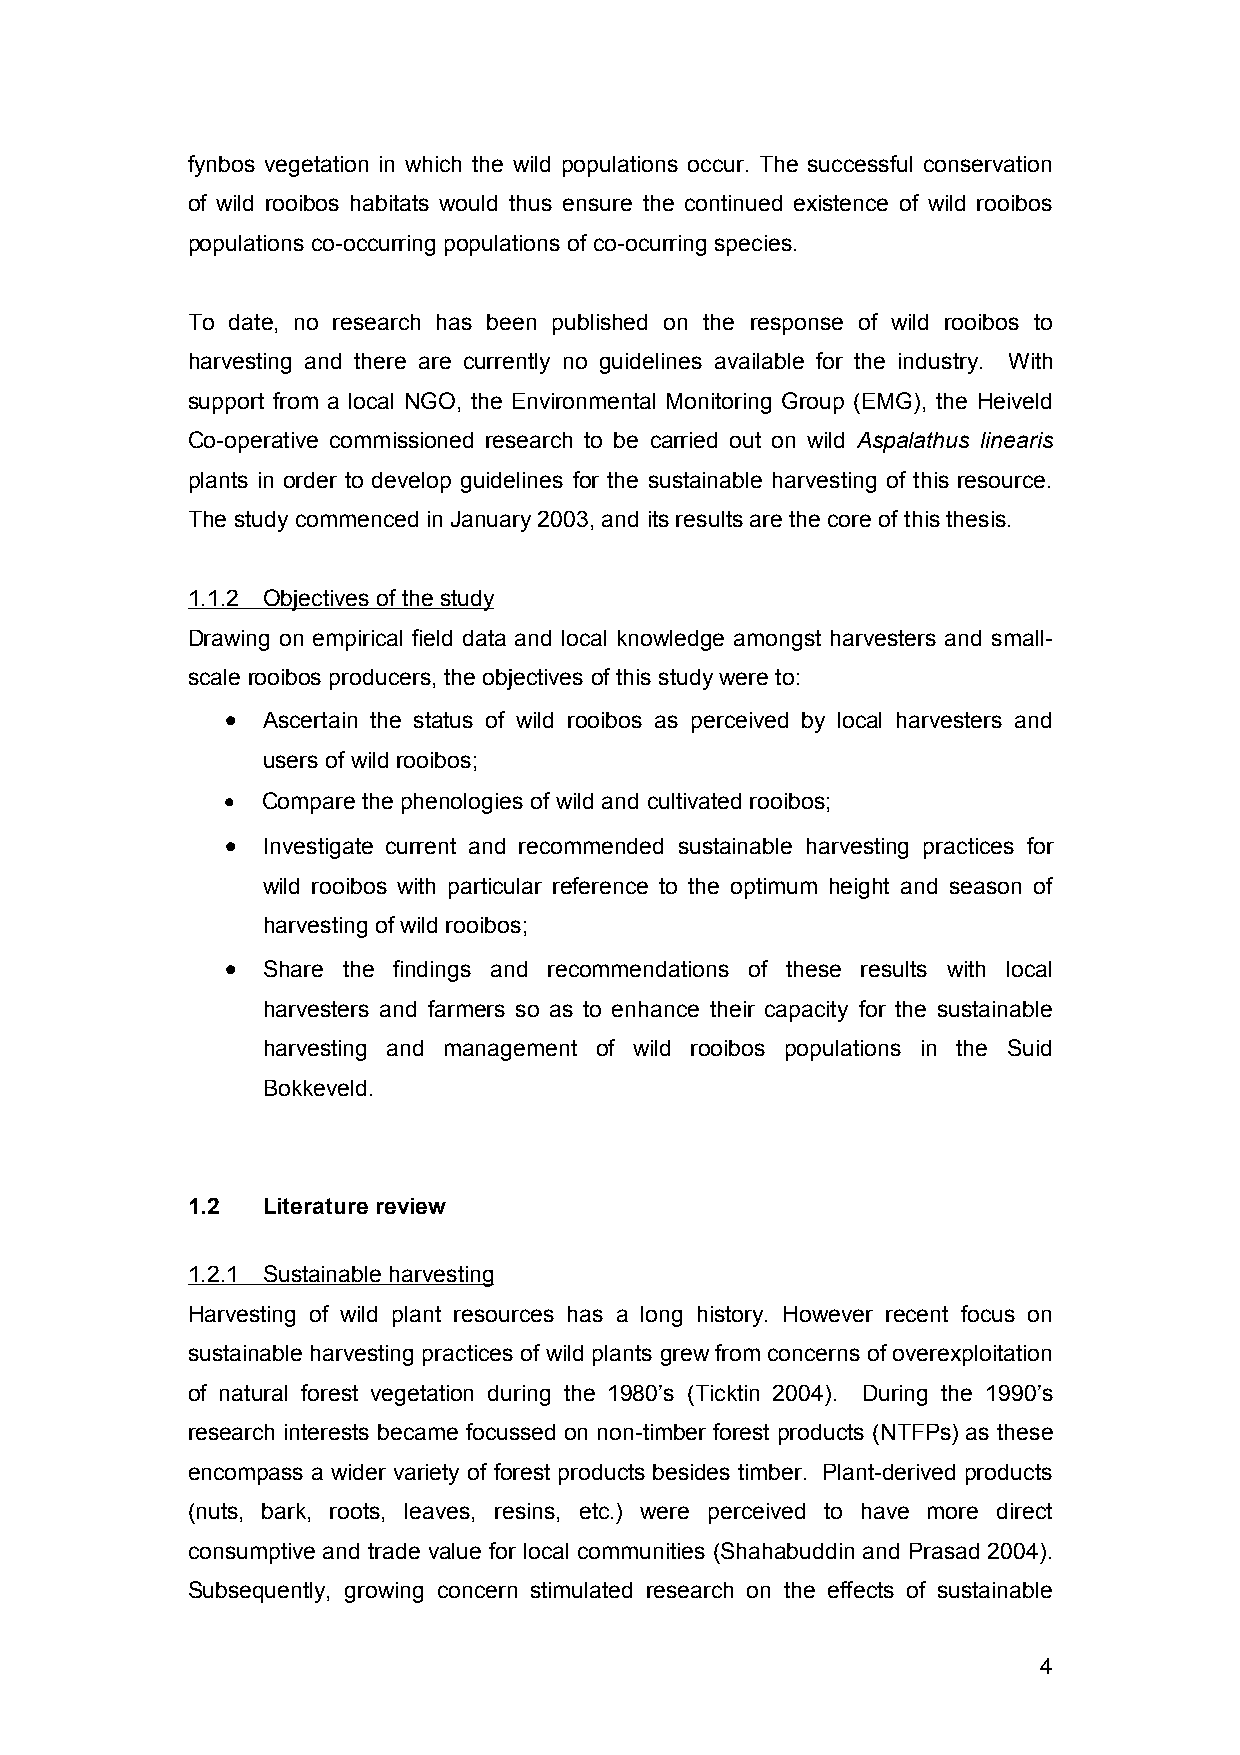
fynbos vegetation in which the wild populations occur. The successful conservation
 of wild rooibos habitats would thus ensure the continued existence of wild rooibos
 populations co-occurring populations of co-ocurring species.
 To date, no research has been published on the response of wild rooibos to
 harvesting and there are currently no guidelines available for the industry. With
 support from a local NGO, the Environmental Monitoring Group (EMG), the Heiveld
 Co-operative commissioned research to be carried out on wild Aspalathus linearis
 plants in order to develop guidelines for the sustainable harvesting of this resource.
 The study commenced in January 2003, and its results are the core of this thesis.
 1.1.2 Objectives of the study
 Drawing on empirical field data and local knowledge amongst harvesters and small-
 scale rooibos producers, the objectives of this study were to:
 •
 Ascertain the status of wild rooibos as perceived by local harvesters and
 users of wild rooibos;
 • Compare the phenologies of wild and cultivated rooibos;
 •
 Investigate current and recommended sustainable harvesting practices for
 wild rooibos with particular reference to the optimum height and season of
 harvesting of wild rooibos;
 •
 Share the findings and recommendations of these results with local
 harvesters and farmers so as to enhance their capacity for the sustainable
 harvesting and management of wild rooibos populations in the Suid
 Bokkeveld.
 1.2  Literature review
 1.2.1 Sustainable harvesting
 Harvesting of wild plant resources has a long history. However recent focus on
 sustainable harvesting practices of wild plants grew from concerns of overexploitation
 of natural forest vegetation during the 1980’s (Ticktin 2004). During the 1990’s
 research interests became focussed on non-timber forest products (NTFPs) as these
 encompass a wider variety of forest products besides timber. Plant-derived products
 (nuts, bark, roots, leaves, resins, etc.) were perceived to have more direct
 consumptive and trade value for local communities (Shahabuddin and Prasad 2004).
 Subsequently, growing concern stimulated research on the effects of sustainable
 4